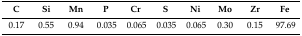
<table><thead><tr><td><b>C</b></td><td><b>Si</b></td><td><b>Mn</b></td><td><b>P</b></td><td><b>Cr</b></td><td><b>S</b></td><td><b>Ni</b></td><td><b>Mo</b></td><td><b>Zr</b></td><td><b>Fe</b></td></tr></thead><tbody><tr><td>0.17</td><td>0.55</td><td>0.94</td><td>0.035</td><td>0.065</td><td>0.035</td><td>0.065</td><td>0.30</td><td>0.15</td><td>97.69</td></tr></tbody></table>